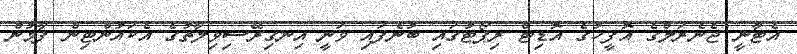
އެޓާނީ ޖެނެރަލްގެ އޮފީހުގެ އޮޑިޓް ރިޕޯޓުގައި ބުނެފައި ވަނީ އިނގިރޭސިވިލާތުގެ އެކައުންޓިން ފާމުން